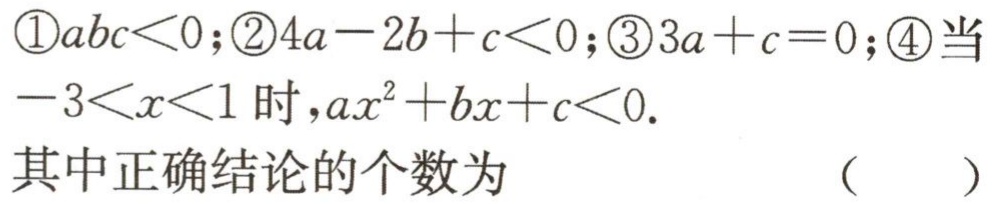
\textcircled{1}\(abc<0\)；\textcircled{2}\(4a - 2b + c<0\)；\textcircled{3}\(3a + c = 0\)；\textcircled{4}当\(-3<x<1\)时，\(ax^{2}+bx + c<0\).
其中正确结论的个数为 （  ）